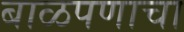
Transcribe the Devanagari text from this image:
बाळपणाचा